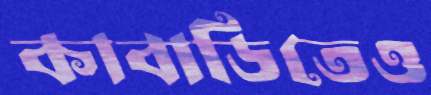
কাবাডিতেও